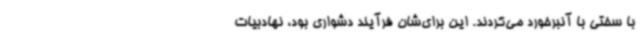
با سختی با آنبرخورد می‌کردند. این برای‌شان فرآیند دشواری بود، نهادبیات